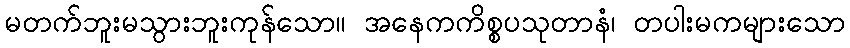
မတက်ဘူးမသွားဘူးကုန်သော။ အနေကကိစ္စပသုတာနံ၊ တပါးမကများသော